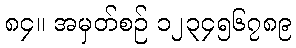
၈၄။ အမှတ်စဉ် ၁၂၃၄၅၆၇၈၉